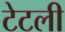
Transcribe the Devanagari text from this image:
टेटली